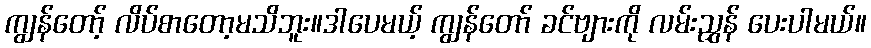
ကျွန်တော့် လိပ်စာတော့မသိဘူး။ဒါပေမယ့် ကျွန်တော် ခင်ဗျားကို လမ်းညွှန် ပေးပါမယ်။